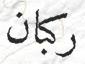
ركبان